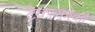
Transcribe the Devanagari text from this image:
टेक्स्कोको